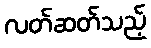
လတ်ဆတ်သည့်